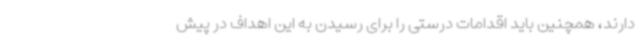
دارند، همچنین باید اقدامات درستی را برای رسیدن به این اهداف در پیش